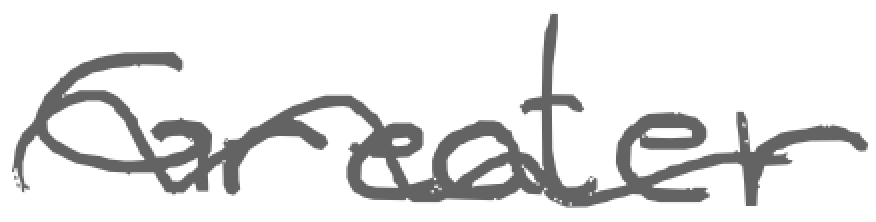
Text: Greater
Cross-out: wave
Writing tool: digital_gray